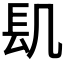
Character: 𨱙